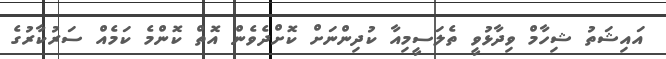
އައިޝަތު ޝިހާމް ވިދާޅުވީ ތެލަސީމިއާ ކުދިންނަށް ކޮށްދެވެން އޮތް ކޮންމެ ކަމެއް ސަރުކާރުގެ